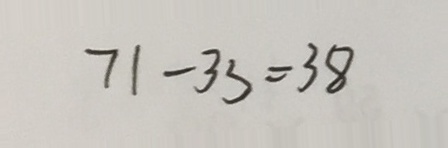
7 1 - 3 3 = 3 8